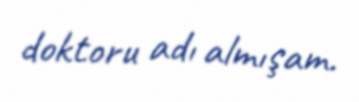
doktoru adı almışam.